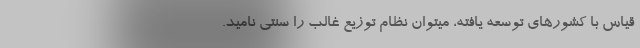
قیاس با کشورهای توسعه یافته، میتوان نظام توزیع غالب را سنتی نامید.